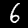
Label: 6